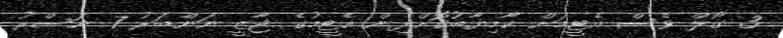
3 ގޯލް ވެސް އެޓީމަށް ކާމިޔާބުކޮށްދިން އެޓީމުގެ ޖާޒީ ނަންބަރު 7 ނަސްރު